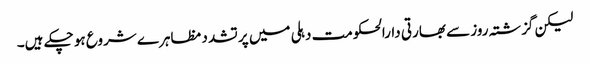
لیکن گزشتہ روز سے بھارتی دارالحکومت دہلی میں پر تشدد مظاہرے شروع ہو چکے ہیں۔